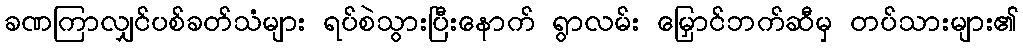
ခဏကြာလျှင်ပစ်ခတ်သံများ ရပ်စဲသွားပြီးနောက် ရွာလမ်း မြှောင်ဘက်ဆီမှ တပ်သားများ၏